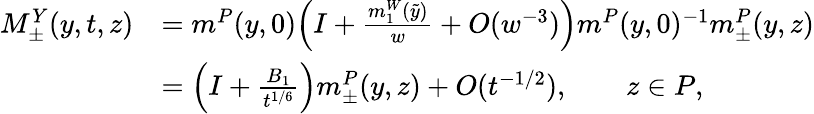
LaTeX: \begin{array}{rl}{M_{\pm}^{Y}(y,t,z)}&{=m^{P}(y,0)\Big(I+\frac{m_{1}^{W}(\tilde{y})}{w}+O(w^{-3})\Big)m^{P}(y,0)^{-1}m_{\pm}^{P}(y,z)}\\ &{=\left(I+\frac{B_{1}}{t^{1/6}}\right)m_{\pm}^{P}(y,z)+O(t^{-1/2}),\qquad z\in P,}\end{array}